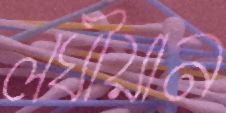
লঘীয়ান